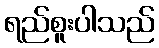
ရည်စူးပါသည်